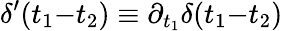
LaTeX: \delta^{\prime}(t_{1}{-}t_{2})\equiv\partial_{t_{1}}\delta(t_{1}{-}t_{2})